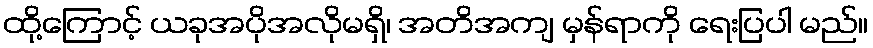
ထို့ကြောင့် ယခုအပိုအလိုမရှိ၊ အတိအကျ မှန်ရာကို ရေးပြပါ မည်။